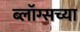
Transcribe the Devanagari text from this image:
ब्लॉग्सच्या